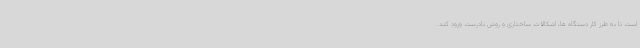
است تا به طرز کار دستگاه ها، اشکالات ساختاری و روش نادرست ورود کند.